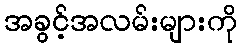
အခွင့်အလမ်းများကို